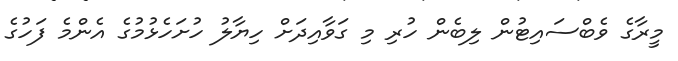
މީރާގެ ވެބްސައިޓުން ލިބެން ހުރި މި ގަވާއިދަށް ހިޔާލު ހުށަހެޅުމުގެ އެންމެ ފަހުގެ